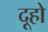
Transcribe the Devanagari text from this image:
दूहो